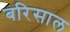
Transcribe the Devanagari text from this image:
बरिसाल